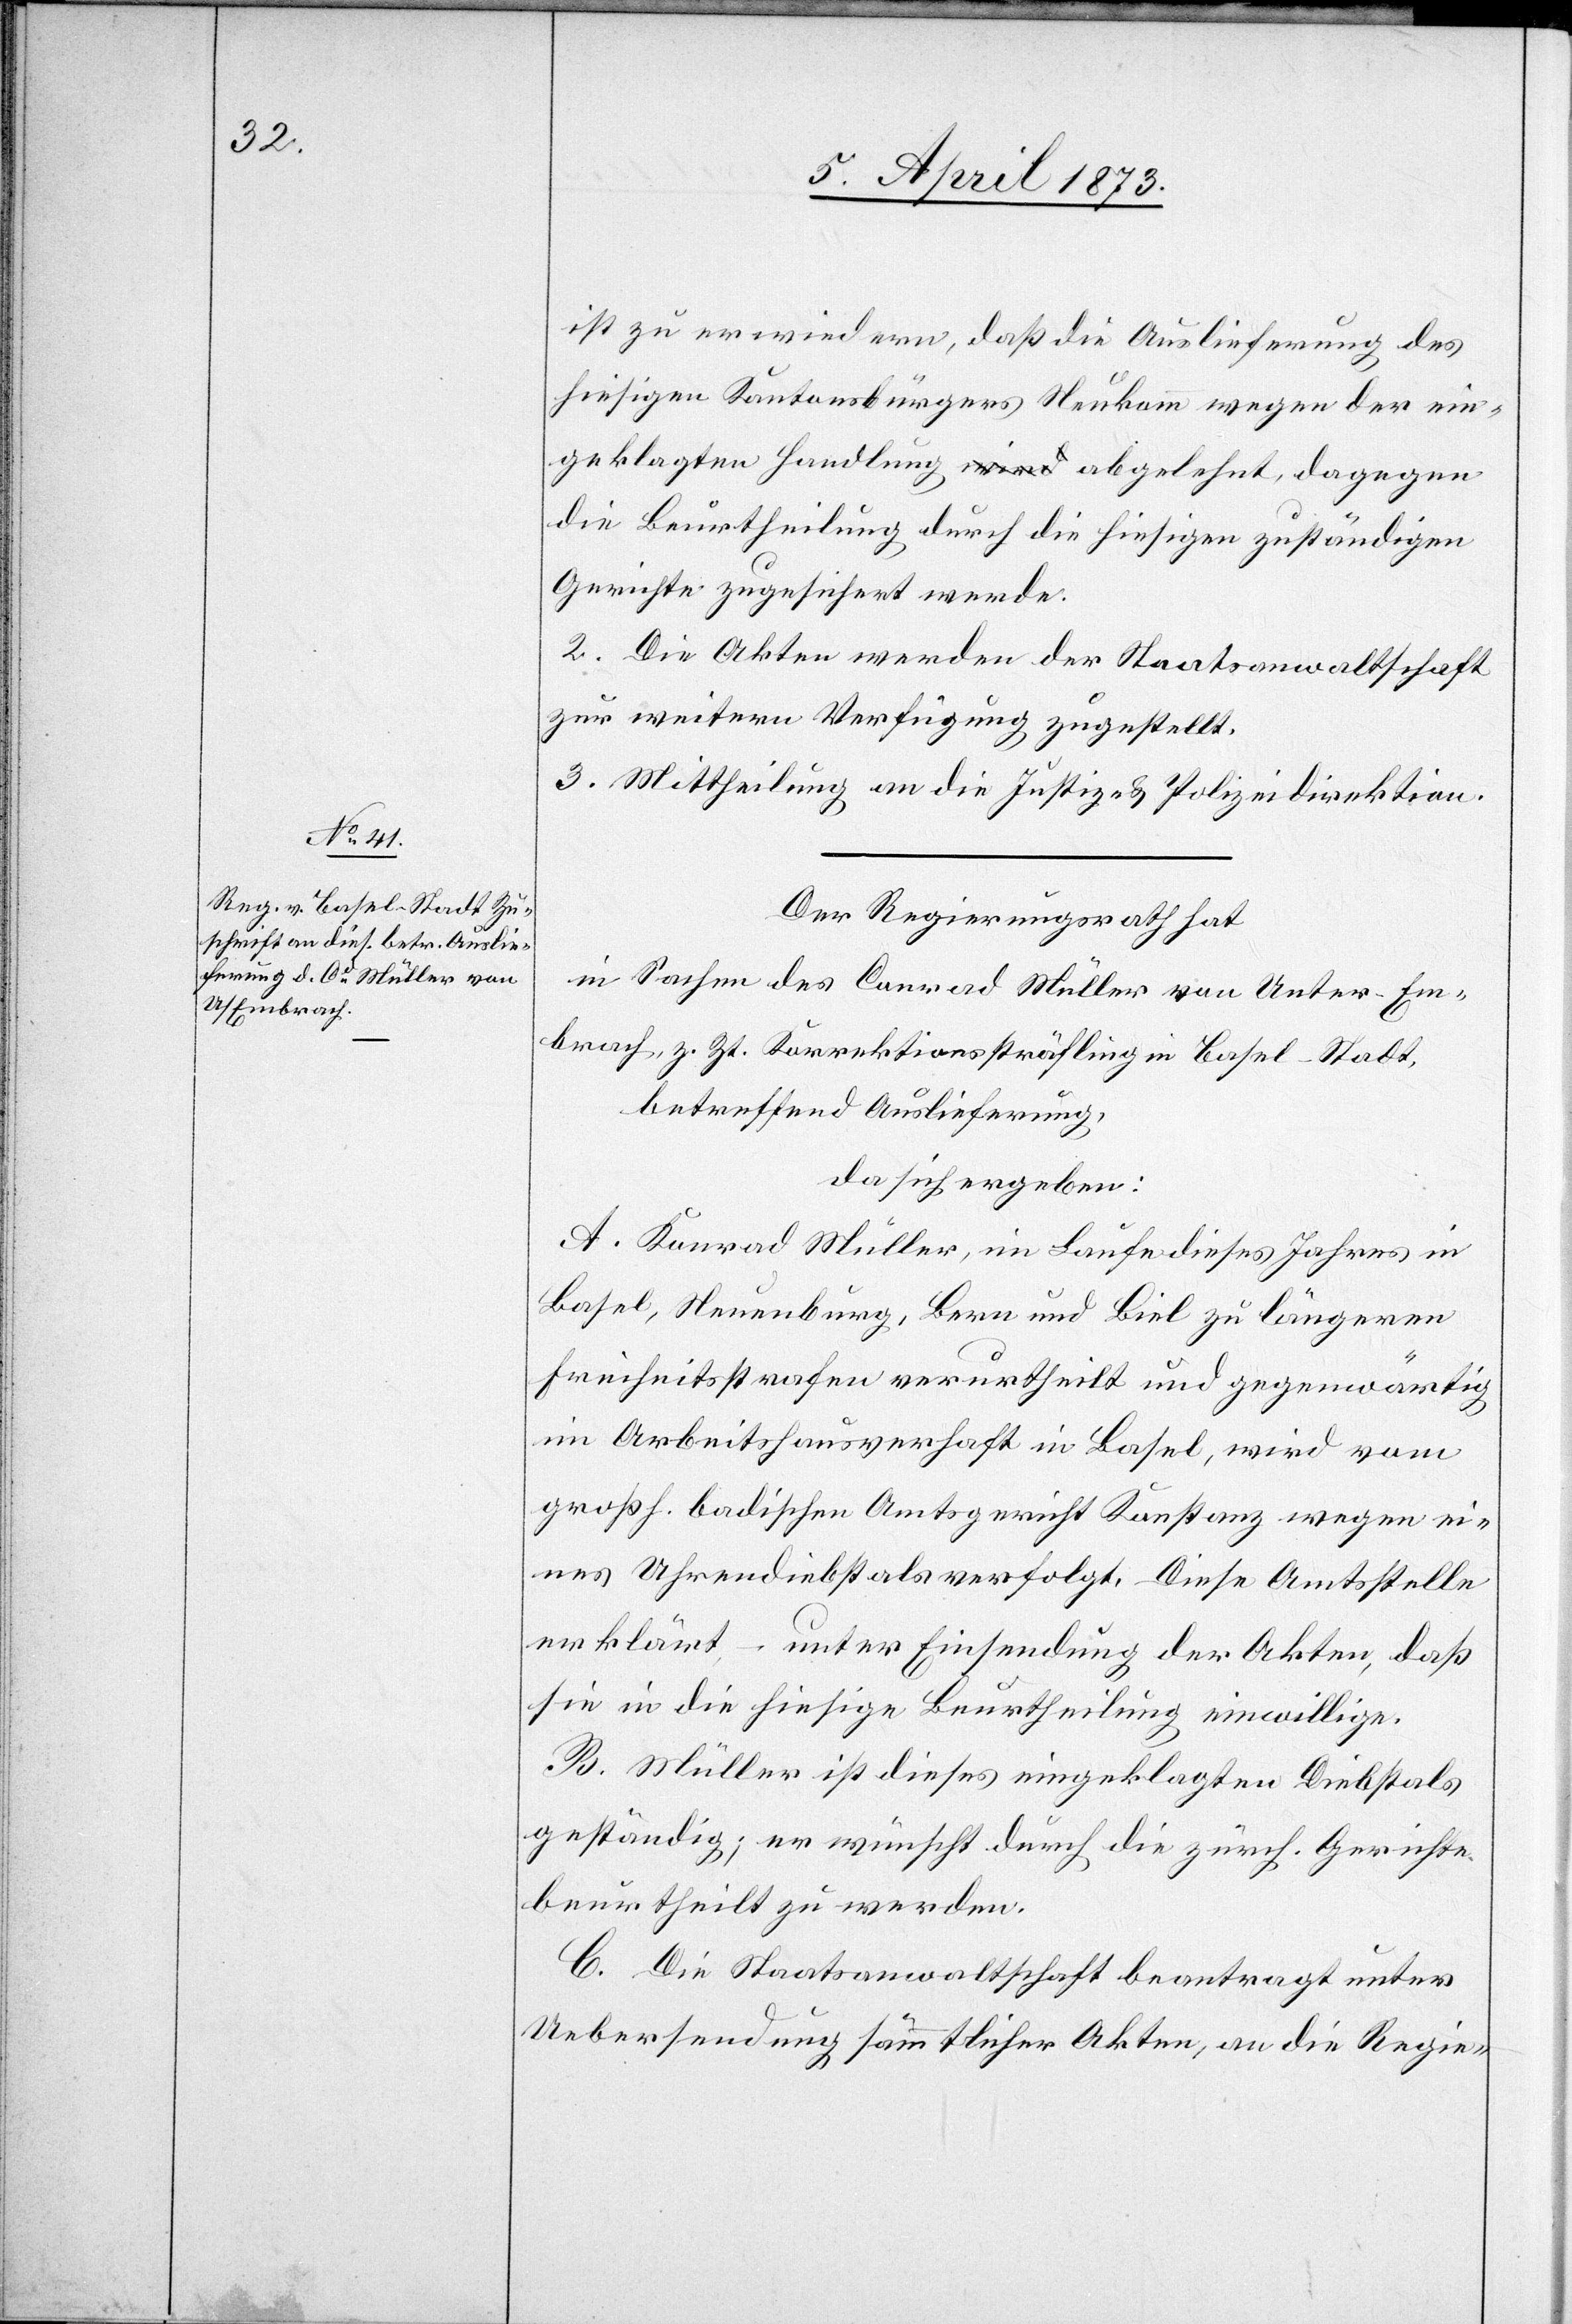
ist zu erwiedern, daß die Auslieferung des
hiesigen Kantonsbürgers Neukomm wegen der ein¬
geklagten Handlung abgelehnt, dagegen die
Gerichte zugesichert werde.
[sic!] Die Akten werden der Staatsanwaltschaft
zur weitern Verfügung zugestellt.
3. Mittheilung an die Justiz- u. Polizeidirektion.
Der Regierungsrath hat
in Sachen des Conrad Müller von Unter-Em¬
brach, z. Zt. Korrektionssträfling in Basel-Stadt,
betreffend Auslieferung,
da sich ergeben:
A. Konrad [sic!] Müller, im Laufe dieses Jahres in
Basel, Neuenburg, Bern und Biel zu längeren
Freiheitsstrafen verurtheilt und gegenwärtig
im Arbeitshausverhaft in Basel, wird vom
großh. badischen Amtsgericht Konstanz wegen ei¬
nes Uhrendiebstals verfolgt. Diese Amtsstelle
erklärt, – unter Einsendung der Akten, daß
sie in die hiesige Beurtheilung einwillige.
B. Müller ist dieses eingeklagten Diebstals
geständig; er wünscht durch die zürch. Gerichte
beurtheilt zu werden.
C. Die Staatsanwaltschaft beantragt unter
Uebersendung sämmtlicher Akten, an die Regie-